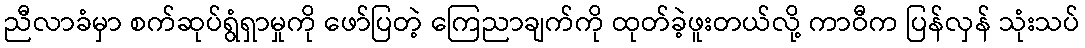
ညီလာခံမှာ စက်ဆုပ်ရွံရှာမှုကို ဖော်ပြတဲ့ ကြေညာချက်ကို ထုတ်ခဲ့ဖူးတယ်လို့ ကာဝီက ပြန်လှန် သုံးသပ်